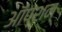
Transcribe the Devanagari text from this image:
ऑप्शन्